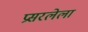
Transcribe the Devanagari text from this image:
प्रसरलेला